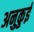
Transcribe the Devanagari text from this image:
अनुकुई